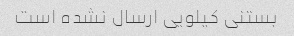
بستنی کیلویی ارسال نشده است